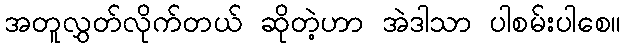
အတူလွှတ်လိုက်တယ် ဆိုတဲ့ဟာ အဲဒါသာ ပါစမ်းပါစေ။